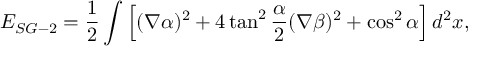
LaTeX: E _ { S G - 2 } = \frac 1 2 \int \left[ ( \nabla \alpha ) ^ { 2 } + 4 \tan ^ { 2 } \frac { \alpha } { 2 } ( \nabla \beta ) ^ { 2 } + \cos ^ { 2 } \alpha \right] d ^ { 2 } x ,